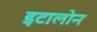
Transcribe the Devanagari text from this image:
इटालोन